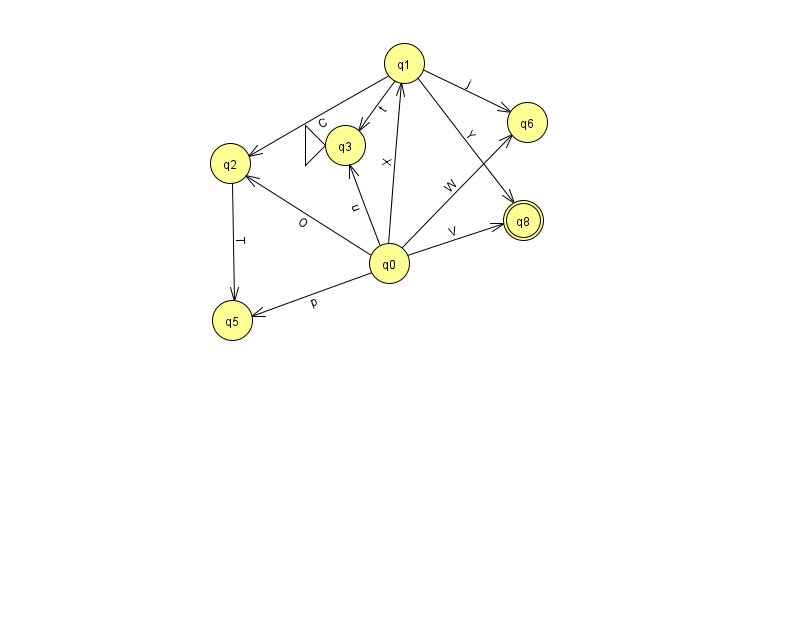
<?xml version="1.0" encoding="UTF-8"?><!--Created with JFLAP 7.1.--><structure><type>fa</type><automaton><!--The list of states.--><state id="0" name="q0"><x>389.0</x><y>250.0</y></state><state id="1" name="q1"><x>404.0</x><y>50.0</y></state><state id="2" name="q2"><x>230.0</x><y>150.0</y></state><state id="3" name="q3"><x>345.0</x><y>132.0</y><initial/></state><state id="5" name="q5"><x>232.0</x><y>307.0</y></state><state id="6" name="q6"><x>527.0</x><y>109.0</y></state><state id="8" name="q8"><x>523.0</x><y>207.0</y><final/></state><!--The list of transitions.--><transition><from>0</from><to>5</to><read>p</read></transition><transition><from>1</from><to>3</to><read>t</read></transition><transition><from>0</from><to>2</to><read>O</read></transition><transition><from>0</from><to>6</to><read>W</read></transition><transition><from>0</from><to>1</to><read>X</read></transition><transition><from>1</from><to>6</to><read>j</read></transition><transition><from>1</from><to>2</to><read>C</read></transition><transition><from>0</from><to>8</to><read>V</read></transition><transition><from>0</from><to>3</to><read>u</read></transition><transition><from>1</from><to>8</to><read>Y</read></transition><transition><from>2</from><to>5</to><read>T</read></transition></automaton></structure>